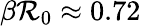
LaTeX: \beta\mathcal{R}_{0}\approx0.72